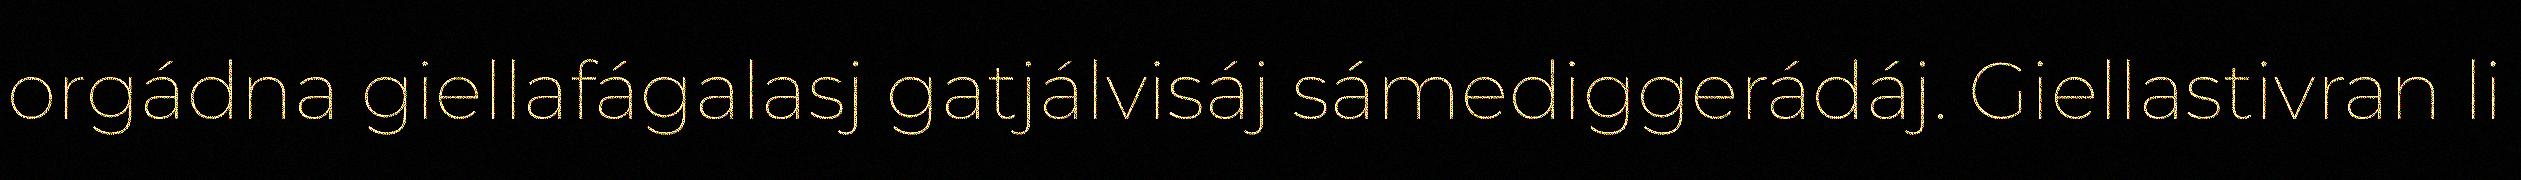
orgádna giellafágalasj gatjálvisáj sámediggerádáj. Giellastivran li